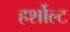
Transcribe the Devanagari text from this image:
हर्शोल्ट